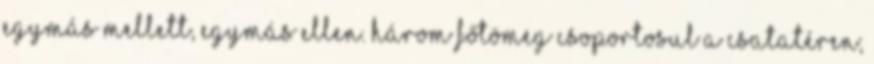
egymás mellett, egymás ellen. Három főtömeg csoportosul a csatatéren;